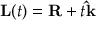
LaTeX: \mathbf { L } ( t ) = \mathbf { R } + t \mathbf { \hat { k } }